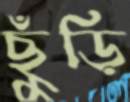
ছুঁড়ি